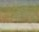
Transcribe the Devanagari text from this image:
साक्मन